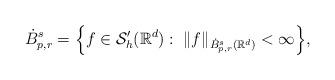
LaTeX: \begin{align*}\dot{B}_{p,r}^{s}=\Big\{f \in \mathcal{S}'_h(\mathbb{R}^{d}):\; \|f\|_{\dot{B}_{p,r}^{s}(\mathbb{R}^{d})}< \infty \Big\},\end{align*}